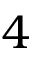
4